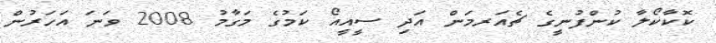
ކޮކާކޯލާ ކުންފުނީގެ ޗެއަރމަން އަދި ސީއީއޯ ކަމުގެ މަގާމު 2008 ވަނަ އަހަރުން